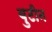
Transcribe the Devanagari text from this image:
बुटीन